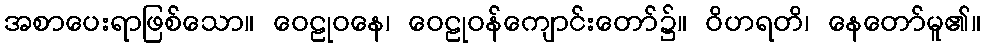
အစာပေးရာဖြစ်သော။ ဝေဠုဝနေ၊ ဝေဠုဝန်ကျောင်းတော်၌။ ဝိဟရတိ၊ နေတော်မူ၏။